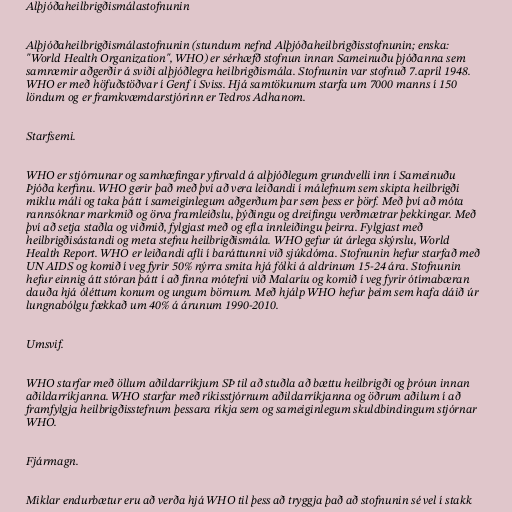
Alþjóðaheilbrigðismálastofnunin

Alþjóðaheilbrigðismálastofnunin (stundum nefnd Alþjóðaheilbrigðisstofnunin; enska:
"World Health Organization", WHO) er sérhæfð stofnun innan Sameinuðu þjóðanna sem
samræmir aðgerðir á sviði alþjóðlegra heilbrigðismála. Stofnunin var stofnuð 7.apríl 1948.
WHO er með höfuðstöðvar í Genf í Sviss. Hjá samtökunum starfa um 7000 manns í 150
löndum og er framkvæmdarstjórinn er Tedros Adhanom.

Starfsemi.

WHO er stjórnunar og samhæfingar yfirvald á alþjóðlegum grundvelli inn í Sameinuðu
Þjóða kerfinu. WHO gerir það með því að vera leiðandi í málefnum sem skipta heilbrigði
miklu máli og taka þátt í sameiginlegum aðgerðum þar sem þess er þörf. Með því að móta
rannsóknar markmið og örva framleiðslu, þýðingu og dreifingu verðmætrar þekkingar. Með
því að setja staðla og viðmið, fylgjast með og efla innleiðingu þeirra. Fylgjast með
heilbrigðisástandi og meta stefnu heilbrigðismála. WHO gefur út árlega skýrslu, World
Health Report. WHO er leiðandi afli í baráttunni við sjúkdóma. Stofnunin hefur starfað með
UN AIDS og komið í veg fyrir 50% nýrra smita hjá fólki á aldrinum 15-24 ára. Stofnunin
hefur einnig átt stóran þátt í að finna mótefni við Malaríu og komið í veg fyrir ótímabæran
dauða hjá óléttum konum og ungum börnum. Með hjálp WHO hefur þeim sem hafa dáið úr
lungnabólgu fækkað um 40% á árunum 1990-2010.

Umsvif.

WHO starfar með öllum aðildarríkjum SÞ til að stuðla að bættu heilbrigði og þróun innan
aðildarríkjanna. WHO starfar með ríkisstjórnum aðildarríkjanna og öðrum aðilum í að
framfylgja heilbrigðisstefnum þessara ríkja sem og sameiginlegum skuldbindingum stjórnar
WHO.

Fjármagn.

Miklar endurbætur eru að verða hjá WHO til þess að tryggja það að stofnunin sé vel í stakk